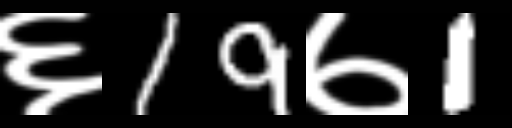
Text: ६19७1